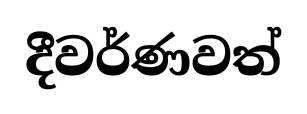
දීවර්ණවත්